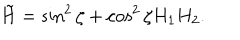
LaTeX: \tilde { H } = \sin ^ { 2 } \zeta + \cos ^ { 2 } \zeta H _ { 1 } H _ { 2 } .